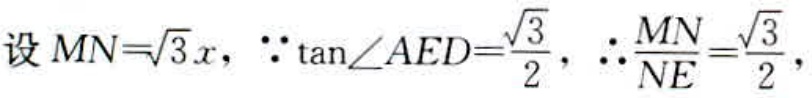
设 \(MN = \sqrt{3}x\)，\(\because \tan\angle AED=\frac{\sqrt{3}}{2}\)，\(\therefore \frac{MN}{NE}=\frac{\sqrt{3}}{2}\)，